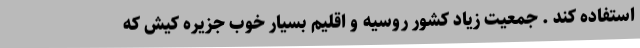
استفاده کند . جمعیت زیاد کشور روسیه و اقلیم بسیار خوب جزیره کیش که